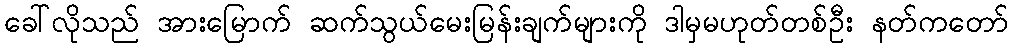
ခေါ်လိုသည် အားမြောက် ဆက်သွယ်မေးမြန်းချက်များကို ဒါမှမဟုတ်တစ်ဦး နတ်ကတော်